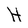
Character: H